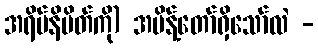
အရိပ်နိမိတ်ကို) အမိန့်တော်ရှိသော်လဲ -